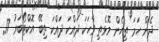
ދެން ހަމަ ތިހެން މޮޅެތި ވާހަކަ ދައްކަ ދައްކަ ތިބޭ އޮކްޓޯބަރު 17